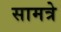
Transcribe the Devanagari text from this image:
सामत्रे